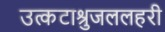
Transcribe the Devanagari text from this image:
उत्कटाश्रुजललहरी